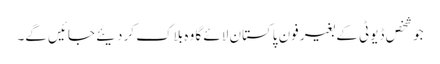
جو شخص ڈیوٹی کے بغیر فون پاکستان لائے گا وہ بلاک کر دیئے جائیں گے۔